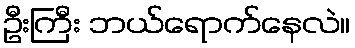
ဦးကြီး ဘယ်ရောက်နေလဲ။